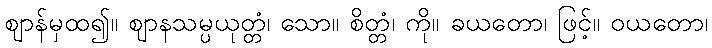
ဈာန်မှထ၍။ ဈာနသမ္ပယုတ္တံ၊ သော။ စိတ္တံ၊ ကို။ ခယတော၊ ဖြင့်။ ဝယတော၊